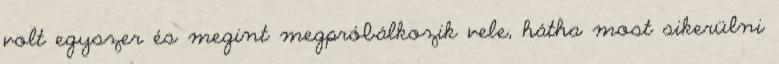
volt egyszer és megint megpróbálkozik vele, hátha most sikerülni